Civil Veterinary Department Bengal reports 1923-33 - 1923-1933
Year: 1923
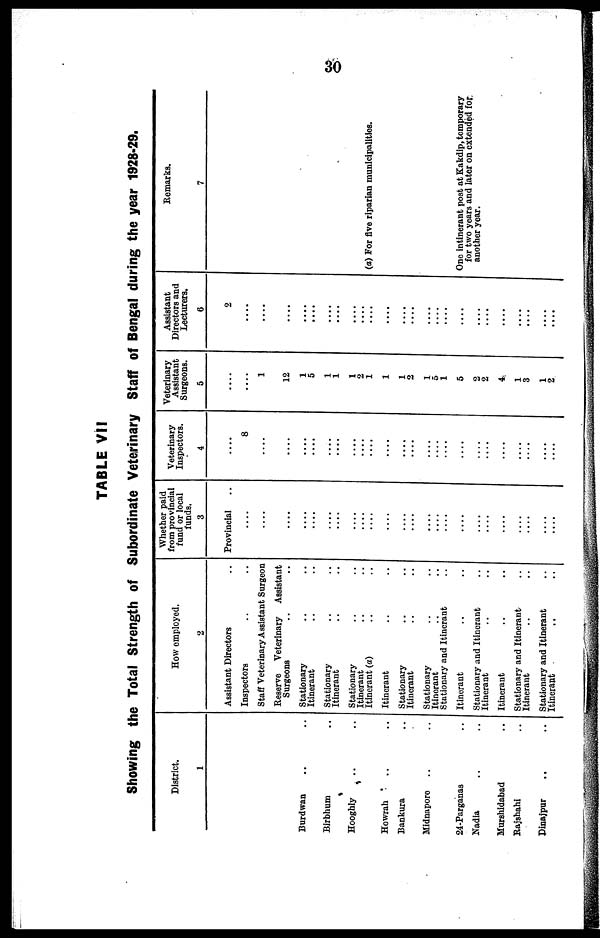
30
TABLE VII
Showing the Total Strength of Subordinate Veterinary Staff of Bengal during the year 1928-29.
District.
1
Burdwan .. ..
Birbhum ..
Hooghly .. ..
Howrah .. ..
Bankura ..
Midnapore .. ..
24-Parganas ..
Nadia .. ..
Murshidabad ..
Rajshahi ..
Dinajpur .. ..
How employed.
2
Assistant Directors ..
Inspectors .. ..
Staff Veterinary Assistant Surgeon
Reserve Veterinary
Assistant
Surgeons .. ..
Stationary .. ..
Itinerant .. ..
Stationary .. ..
Itinerant .. ..
Stationary .. ..
Itinerant .. ..
Itinerant (a) .. ..
Itinerant .. ..
Stationary .. ..
Itinerant .. ..
Stationary .. ..
Itinerant .. ..
Stationary and Itinerant ..
Itinerant .. ..
Stationary and Itinerant ..
Itinerant .. ..
Itinerant .. ..
Stationary and Itinerant ..
Itinerant .. ..
Stationary and Itinerant ..
Itinerant
..
..
Whether paid
from provincial
fund or local
funds.
3
Provincial
...
...
...
...
....
....
....
....
....
....
...
....
....
....
....
....
....
.... ....
....
....
....
....
....
....
Veterinary
Inspectors.
4
....
8
...
...
...
....
....
....
...
....
....
....
....
....
....
....
....
....
.... ....
....
....
....
....
....
Veterinary
Assistant
Surgeons.
5
....
....
1
12
1
5
1
1
1
2
1
1
1
2
1
5
1
5
2
2
4
1
3
1
2
Assistant
Directors and
Lecturers.
8
2
....
....
....
....
....
....
....
....
.... ....
....
....
....
....
....
....
....
.... ....
....
....
....
....
....
....
Remarks.
7
(a) For five riparian municipalities.
One intinerant post at Kakdip, temporary
for two years and later on extended for
another year.